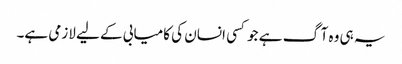
یہ ہی وہ آگ ہے جو کسی انسان کی کامیابی کے لیے لازمی ہے۔